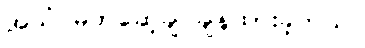
အသံ မတ်ဆေ့ချ် ချန်ထားခဲ့တယ်။